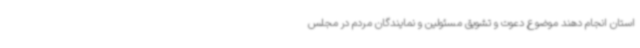
استان انجام دهند موضوع دعوت و تشویق مسئولین و نمایندگان مردم در مجلس